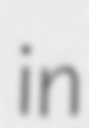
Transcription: in